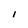
Character: I